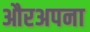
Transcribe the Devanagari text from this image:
औरअपना